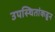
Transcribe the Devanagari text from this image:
उपस्थितांकडून